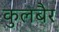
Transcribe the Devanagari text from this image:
कुलबैर